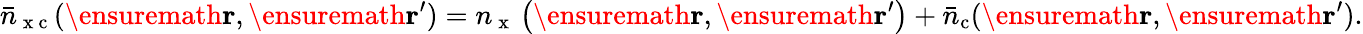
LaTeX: \bar{n}_{\mathrm{~x~c~}}(\ensuremath{\mathbf{r}},\ensuremath{\mathbf{r}}^{\prime})=n_{\mathrm{~x~}}\left(\ensuremath{\mathbf{r}},\ensuremath{\mathbf{r}}^{\prime}\right)+\bar{n}_{\mathrm{c}}(\ensuremath{\mathbf{r}},\ensuremath{\mathbf{r}}^{\prime}).